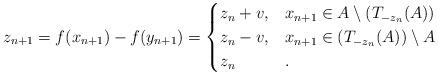
LaTeX: \begin{align*}z_{n+1}=f(x_{n+1})-f(y_{n+1}) = \begin{cases} z_n+v, & x_{n+1}\in A \setminus (T_{-z_n}(A)) \\z_n-v, & x_{n+1}\in (T_{-z_n}(A)) \setminus A \\z_n & .\end{cases}\end{align*}